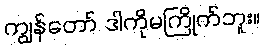
ကျွန်တော် ဒါကိုမကြိုက်ဘူး။